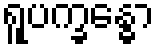
ရူပက္ခန္ဓော